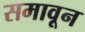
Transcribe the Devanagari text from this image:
समावून